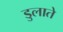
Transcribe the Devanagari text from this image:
डुलाते